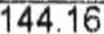
144.16